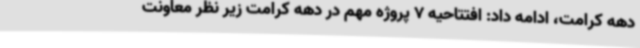
دهه کرامت، ادامه داد: افتتاحیه 7 پروژه مهم در دهه کرامت زیر نظر معاونت